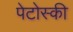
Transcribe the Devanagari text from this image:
पेटोस्की